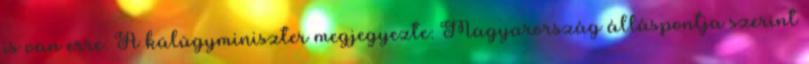
is van erre. A külügyminiszter megjegyezte: Magyarország álláspontja szerint